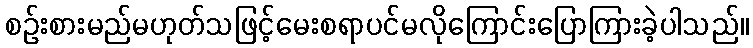
စဉ်းစားမည်မဟုတ်သဖြင့်မေးစရာပင်မလိုကြောင်းပြောကြားခဲ့ပါသည်။